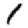
Digit: 1